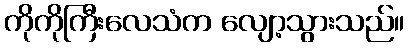
ကိုကိုကြီးလေသံက လျော့သွားသည်။